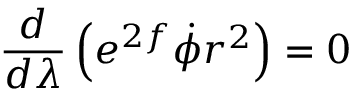
\frac { d } { d \lambda } \left( e ^ { 2 f } \dot { \phi } r ^ { 2 } \right) = 0